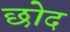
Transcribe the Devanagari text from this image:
छोद